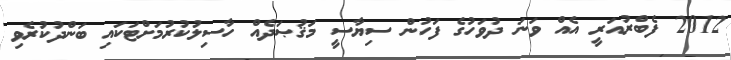
2012 ފެބްރުއަރީ އެއް ވަނަ ދުވަހުގެ ފަހުން ސިޔާސީ މަޤުޞަދެއް ހާސިލުކުރުމަށްޓަކައި ބަންދުކުރެވި